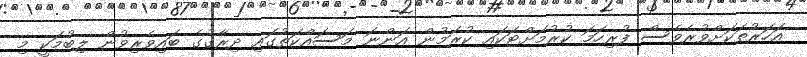
އަހަރުތަކަށްވުރެވެސް ފުރިހަމަ ކުރުމަށްޓަކައި ކުރަމުން އަންނަ މަސައްކަތުގައި ދިރާގުގެ ބައިވެރިވުން ލިބުމަކީ މި